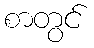
စာတွင်